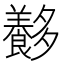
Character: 𡗍